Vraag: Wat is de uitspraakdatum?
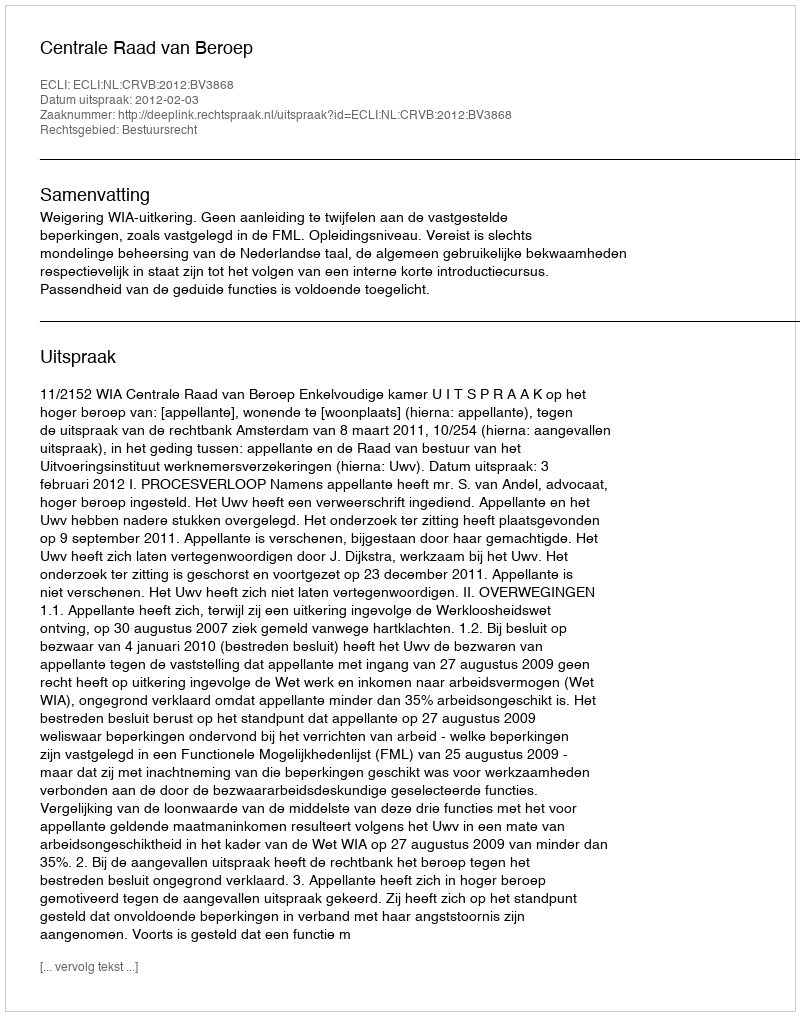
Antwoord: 2012-02-03